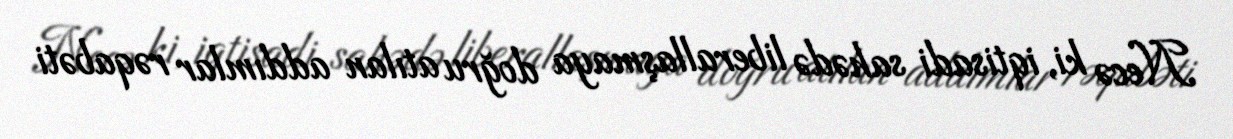
Necə ki, iqtisadi sahədə liberallaşmaya doğru atılan addımlar rəqabəti